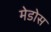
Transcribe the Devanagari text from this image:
मेडोस